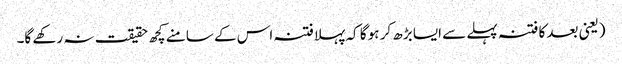
(یعنی بعد کا فتنہ پہلے سے ایسا بڑھ کر ہو گا کہ پہلا فتنہ اس کے سامنے کچھ حقیقت نہ رکھے گا۔